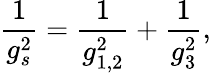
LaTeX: \frac{1}{g_{s}^{2}}=\frac{1}{g_{1,2}^{2}}+\frac{1}{g_{3}^{2}},